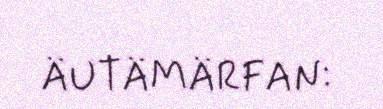
ÄUTÄMÄRFAN: